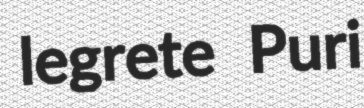
legrete Puri